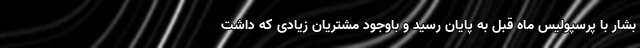
بشار با پرسپولیس ماه قبل به پایان رسید و باوجود مشتریان زیادی که داشت